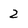
Character: 2